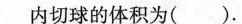
内切球的体积为( )。